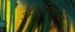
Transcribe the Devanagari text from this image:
अँटोनियोची